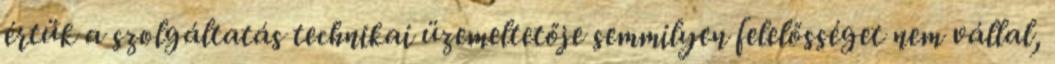
értük a szolgáltatás technikai üzemeltetője semmilyen felelősséget nem vállal,